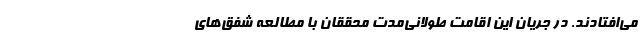
می‌افتادند. در جریان این اقامت طولانی‌مدت محققان با مطالعه شفق‌های